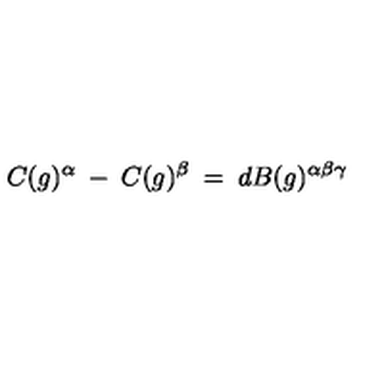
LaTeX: C ( g ) ^ { \alpha } \: - \: C ( g ) ^ { \beta } \: = \: d B ( g ) ^ { \alpha \beta \gamma }